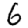
Digit: 6